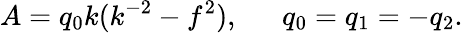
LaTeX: A=q_{0}k(k^{-2}-f^{2}),\ \ \ \ \ \ q_{0}=q_{1}=-q_{2}.